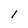
Character: l